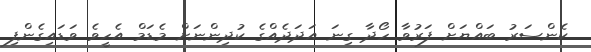
ކެންސަރު ބައްޔަށް ފަރުވާ ހޯދާ ގިނަ އަދަދެއްގެ ކުދިންނަށް މެޑަމް އެހީވެ ވަޑައިގެންފި